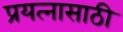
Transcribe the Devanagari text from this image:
प्रयत्‍नासाठी